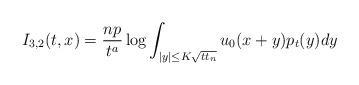
LaTeX: \begin{align*}I_{3,2}({t,x}) = \frac {np} {t^a} \log \int_{|y| \le K\sqrt{tt_n}} u_0(x+y) p_t(y)dy\end{align*}